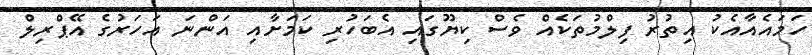
ހަމައެއާއެކު އިތުރު ފިލްމުތަކެއް ވެސް ކިޔޫގައި އެބަހުރި ކަމަށާއި އަންނަ އަހަރުގެ އޭޕްރިލް